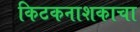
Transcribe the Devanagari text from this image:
किटकनाशकाचा